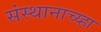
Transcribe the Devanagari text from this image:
संस्थानाच्य्हा